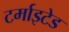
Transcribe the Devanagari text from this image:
टर्माइटेड